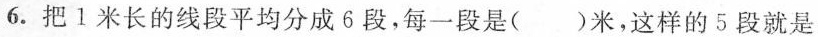
6. 把1米长的线段平均分成6段，每一段是( )米，这样的5段就是